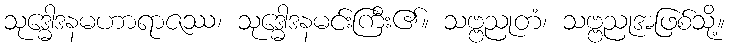
သုဒ္ဓေါဒနမဟာရာဇဿ၊ သုဒ္ဓေါဒနမင်းကြီး၏။ သဗ္ဗညုတံ၊ သဗ္ဗညုအဖြစ်သို့။